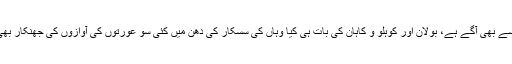
مکران اس سے بھی آگے ہے، بولان اور کوہلو و کاہان کی بات ہی کیا وہاں کی سسکار کی دھن میں کئی سو عورتوں کی آوازوں کی جھنکار بھی شامل ہے۔